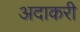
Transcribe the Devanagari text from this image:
अदाकरी